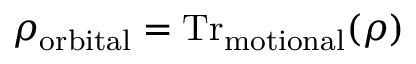
\rho _ { \mathrm { o r b i t a l } } = \mathrm { T r } _ { \mathrm { m o t i o n a l } } ( \rho )